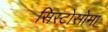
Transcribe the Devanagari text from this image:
सिस्टोसोमा